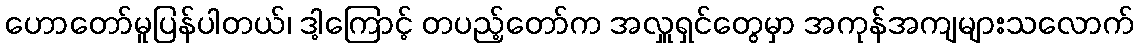
ဟောတော်မူပြန်ပါတယ်၊ ဒါ့ကြောင့် တပည့်တော်က အလှူရှင်တွေမှာ အကုန်အကျများသလောက်